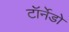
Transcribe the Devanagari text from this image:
टॉर्नेडो